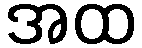
အထ